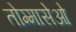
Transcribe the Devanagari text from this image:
तोम्मासेओ